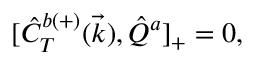
{ [ } \hat { C } _ { T } ^ { b ( + ) } ( \vec { k } ) , \hat { Q } ^ { a } ] _ { + } = 0 ,